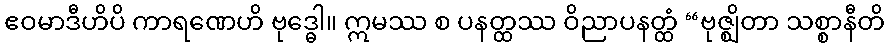
ဧဝမာဒီဟိပိ ကာရဏေဟိ ဗုဒ္ဓေါ။ ဣမဿ စ ပနတ္ထဿ ဝိညာပနတ္ထံ “ဗုဇ္ဈိတာ သစ္စာနီတိ